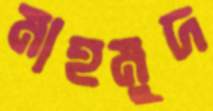
মাহমুদ